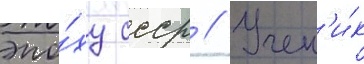
эпо́ху ссср // Учен'и́к